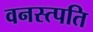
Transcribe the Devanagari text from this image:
वनस्त्पति